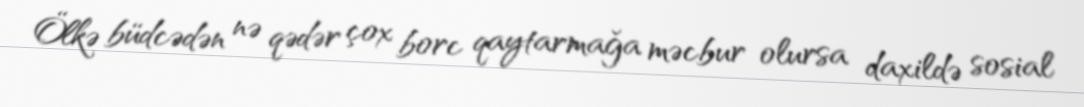
Ölkə büdcədən nə qədər çox borc qaytarmağa məcbur olursa daxildə sosial